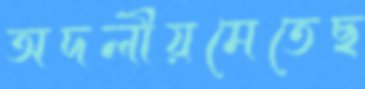
অদলীয়মেতেছ